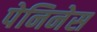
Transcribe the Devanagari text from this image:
पेनिनेस